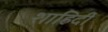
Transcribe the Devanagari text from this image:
शाहिदी